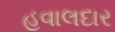
હવાલદાર